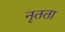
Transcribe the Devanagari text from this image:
नृतता